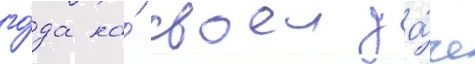
го́да на́ своеи да́че